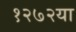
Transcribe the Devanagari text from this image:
१२७२या